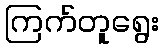
ကြက်တူရွေး